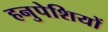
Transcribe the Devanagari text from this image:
हनुपेशियों